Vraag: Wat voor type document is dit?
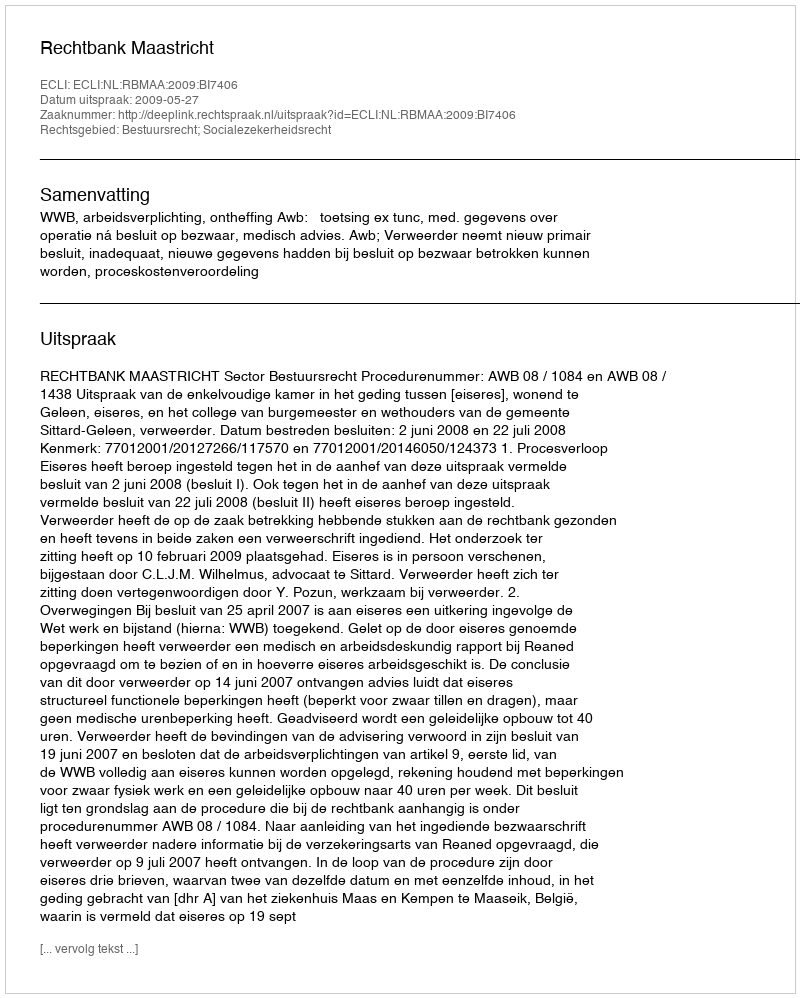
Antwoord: Uitspraak